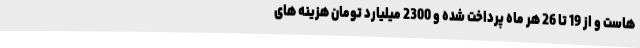
هاست و از 19 تا 26 هر ماه پرداخت شده و 2300 میلیارد تومان هزینه های